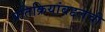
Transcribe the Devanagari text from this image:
प्रतिक्रियांबद्दलची